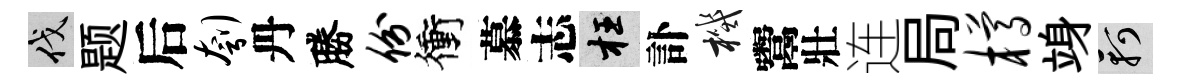
伐题后刳丹勝份衝慕志枉訃機鬻壯连局樽竧軻